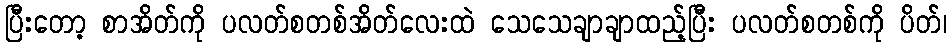
ပြီးတော့ စာအိတ်ကို ပလတ်စတစ်အိတ်လေးထဲ သေသေချာချာထည့်ပြီး ပလတ်စတစ်ကို ပိတ်၊